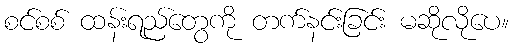
စင်စစ် ထန်းရည်တွေကို တက်နင်းခြင်း မဆိုလိုပေ။